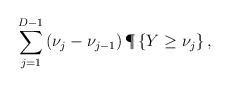
LaTeX: \begin{align*}\sum_{j=1}^{D-1}\left( \nu_{j} - \nu_{j-1} \right) \P\left\{ Y \geq \nu_j\right\},\end{align*}